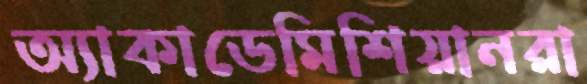
অ্যাকাডেমিশিয়ানরা